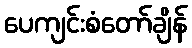
ပေကျင်းစံတော်ချိန်